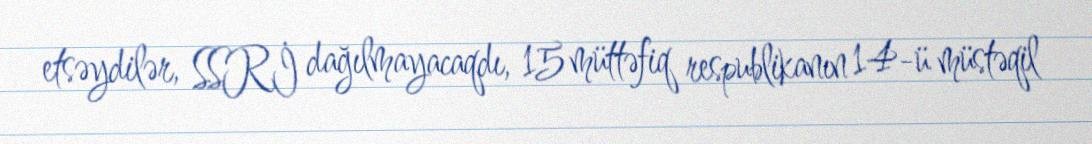
etsəydilər, SSRİ dağılmayacaqdı, 15 müttəfiq respublikanın 14-ü müstəqil